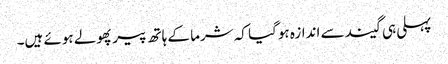
پہلی ہی گیند سے اندازہ ہوگیا کہ شرما کے ہاتھ پیر پھولے ہوئے ہیں۔